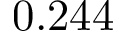
0 . 2 4 4